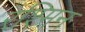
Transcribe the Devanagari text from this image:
रश्मिन